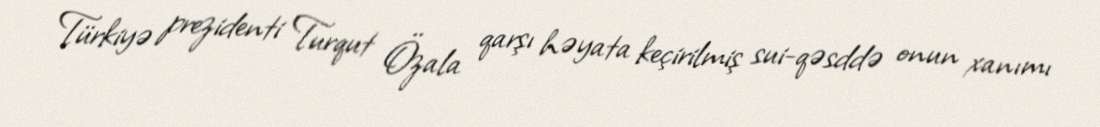
Türkiyə prezidenti Turqut Özala qarşı həyata keçirilmiş sui-qəsddə onun xanımı